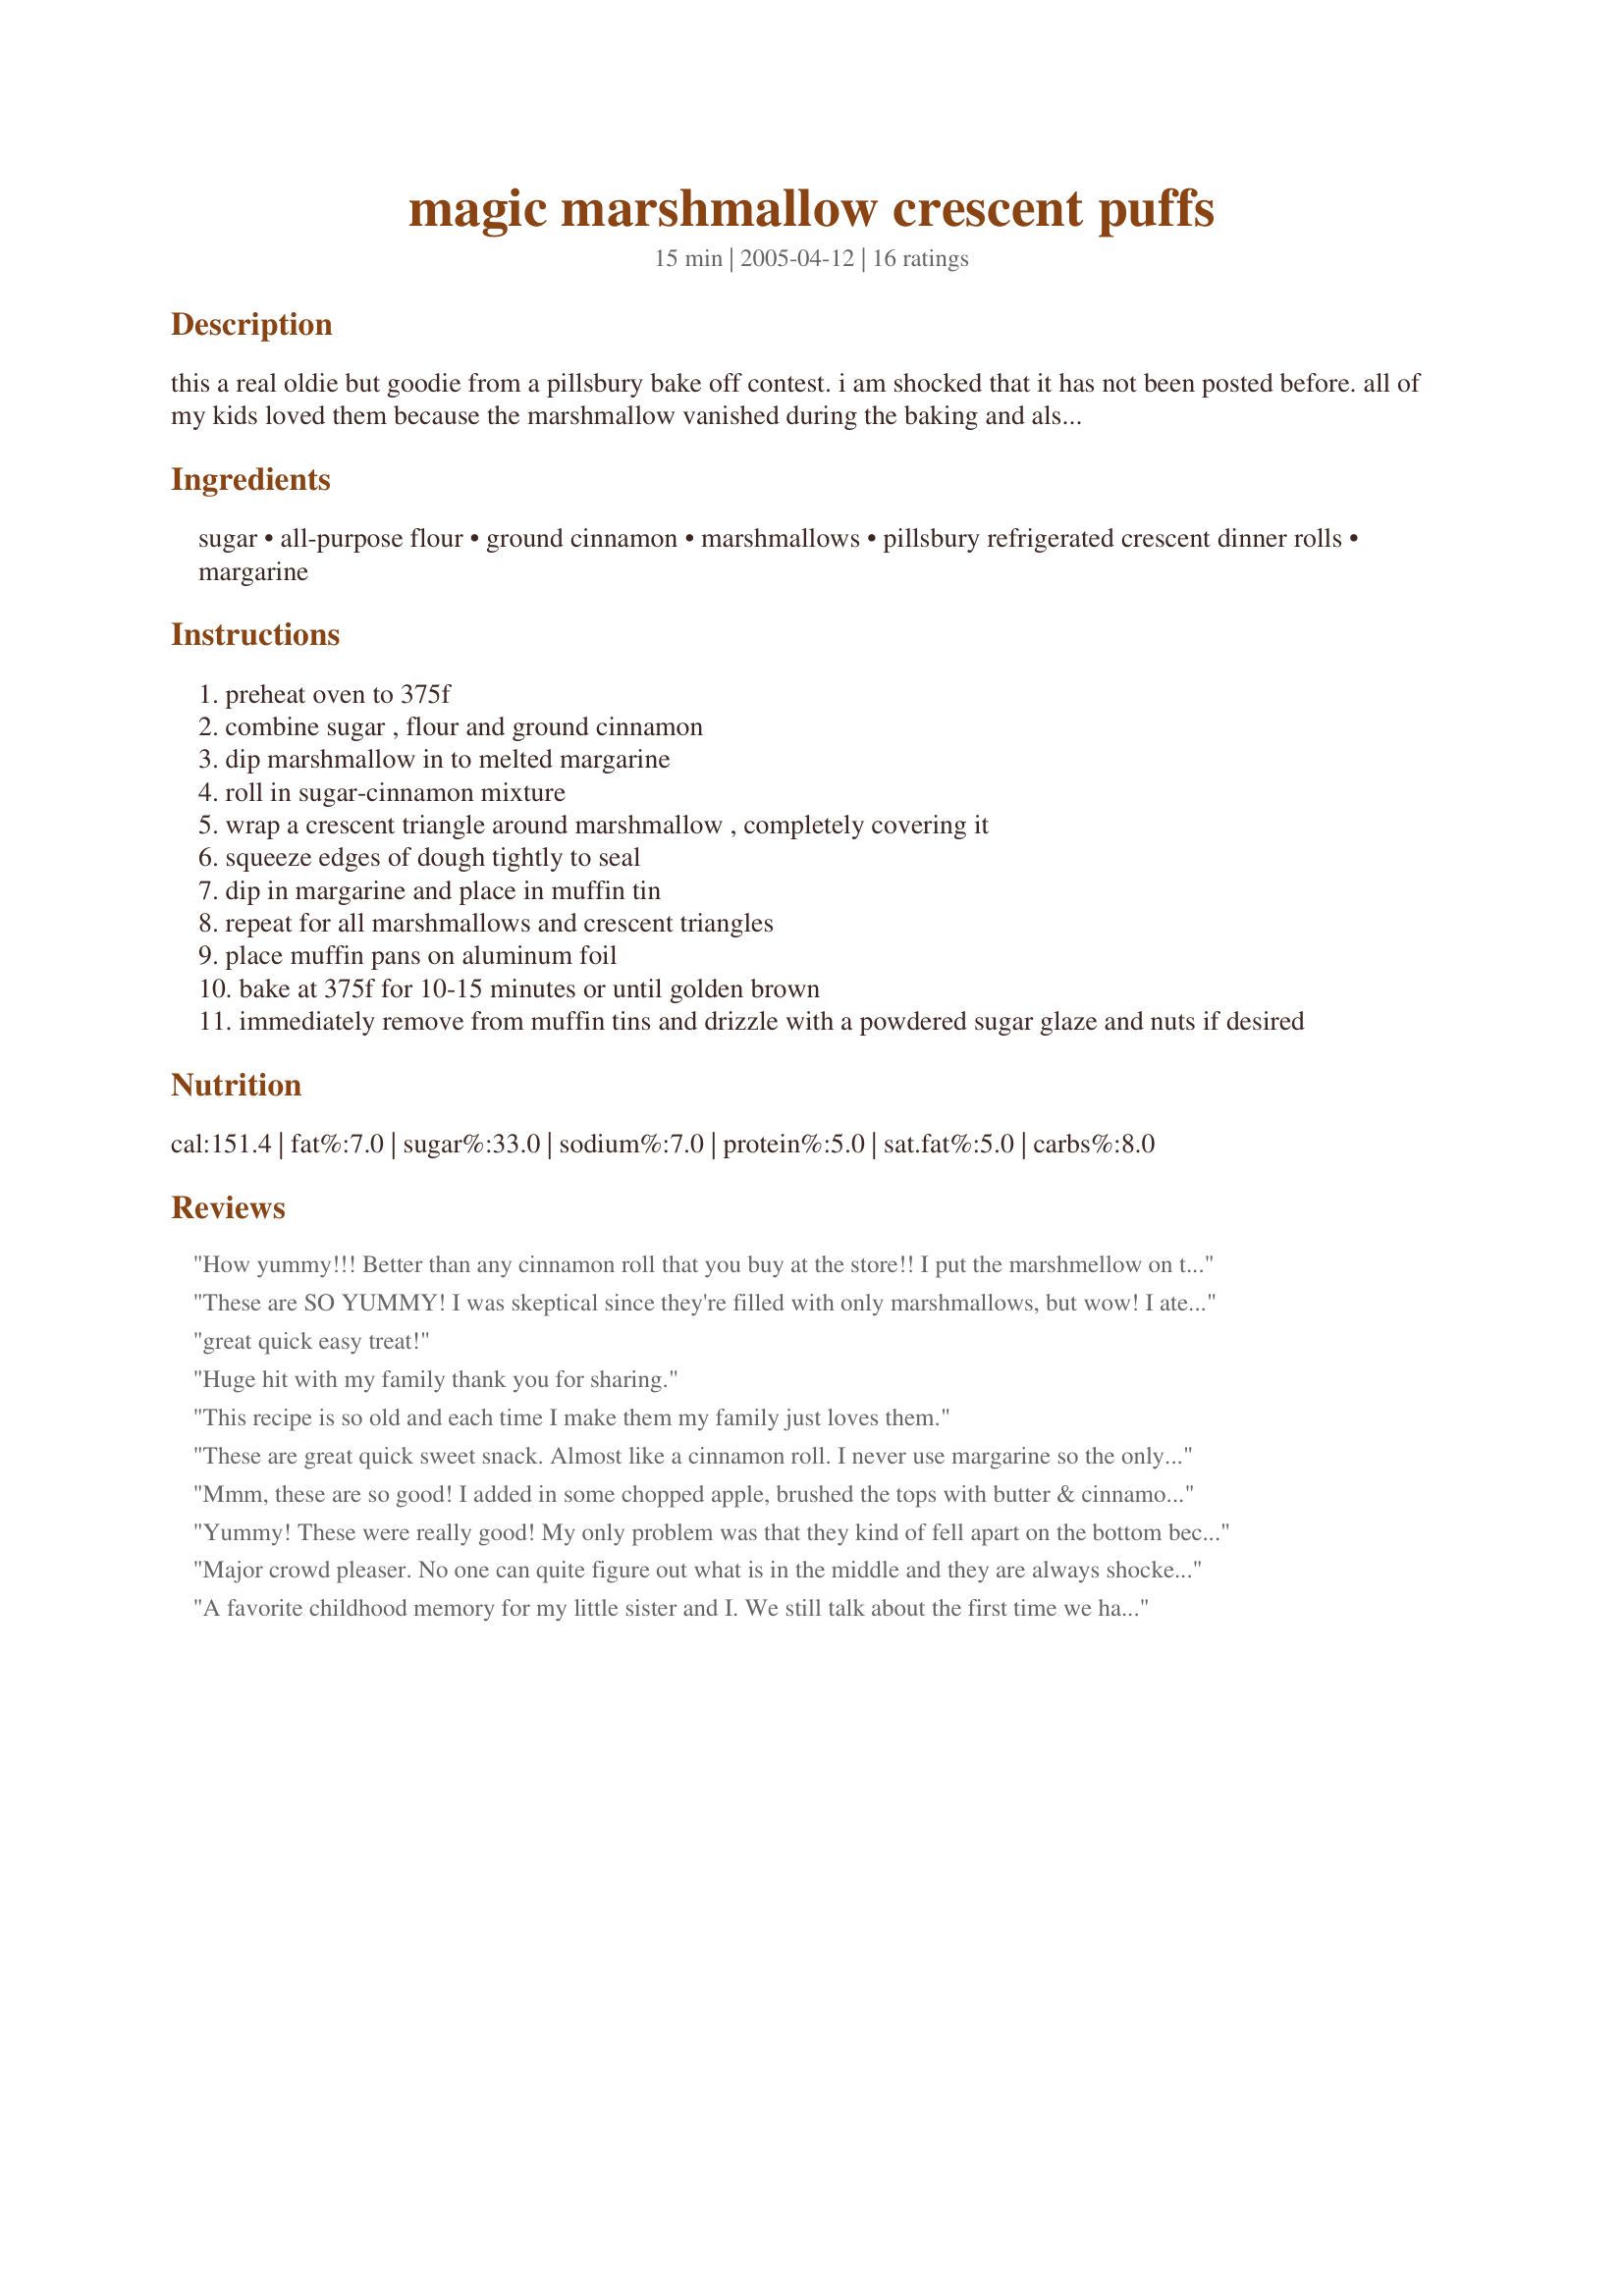
magic marshmallow crescent puffs
Preparation time: 15 minutes

this a real oldie but goodie from a pillsbury bake off contest. i am shocked that it has not been posted before. all of my kids loved them because the marshmallow vanished during the baking and also because they were delicious.

Ingredients:
sugar, all-purpose flour, ground cinnamon, marshmallows, pillsbury refrigerated crescent dinner rolls, margarine

Steps:
preheat oven to 375f
combine sugar , flour and ground cinnamon
dip marshmallow in to melted margarine
roll in sugar-cinnamon mixture
wrap a crescent triangle around marshmallow , completely covering it
squeeze edges of dough tightly to seal
dip in margarine and place in muffin tin
repeat for all marshmallows and crescent triangles
place muffin pans on aluminum foil
bake at 375f for 10-15 minutes or until golden brown
immediately remove from muffin tins and drizzle with a powdered sugar glaze and nuts if desired

Reviews:
How yummy!!! Better than any cinnamon roll that you buy at the store!! I put the marshmellow on the big end of the triangle, rolled up, then just pinched the ends shut. A little leakage, but it all turned out ok. What a treat for the family!!
These are SO YUMMY! I was skeptical since they're filled with only marshmallows, but wow! I ate two and had to force myself to stop. Quick to make and a great treat for the kids, too. We ate them without any glaze or nuts, right out of the oven. Thanks for posting!
great quick easy treat!
Huge hit with my family thank you for sharing.
This recipe is so old and each time I make them my family just loves them.
These are great quick sweet snack. Almost like a cinnamon roll. I never use margarine so the only change I made is using butter. This is a great, easy classic recipe.
Mmm, these are so good! I added in some chopped apple, brushed the tops with butter & cinnamon-sugar and it totally reminded me of little fried apple pies! Even without the apple though they would still be delicious. I only did 1/2 the recipe to try it out. I didn't have large marshmallows so I used 1/2 cup of minis. I put the apple & marshmallows in a large bowl, then coated with the margarine, & then with the sugar mixture. On the sugar mix I did 2 Tbsp Splenda plus 1 Tbsp white sugar. It didn't get too messy putting them together but they do get very sticky very quick. I also skipped the muffin liners & didn't have any problems getting them out. By the way, I had probably at least a fourth extra of filling so I might reduce the amounts slightly next time. Using the reduced fat crescents and with my slight changes, this comes up to 3 points each, which they are certainly worth & so much better than the alternative! Thank you so much for this yummy treat!
Yummy! These were really good! My only problem was that they kind of fell apart on the bottom because I put the seam down. Next time, I'll put the seam UP so the marshmallow doesn't seep out when it's melting :) Thanks for sharing!
Major crowd pleaser. No one can quite figure out what is in the middle and they are always shocked when I tell them a marshmallow. Make sure they crescent rolls are super cold because the warmth from your hands can make them pretty slippery and hard to fold up.
A favorite childhood memory for my little sister and I. We still talk about the first time we had these and the special lady that served them to us...at least 35 years ago. She turned 94 years old this year and still loves to entertain and cook. Thanks for the trip down memory lane!
My sister gave me this recipe. They are so delicious... great for breakfast or dessert! We usually top with a powdered sugar glaze with a little bit of vanilla extract in it-- yum!
Found this recipe in my pilsbury bake-off cook book. Have made several times including once for my Sunday school class. These are a breeze to make and taste wonderful!
What a deliciously easy way to make sticky buns! Next time I make these, I think I&#039;ll substitute mini marshmallows for the regular and add some chopped cooked apple pieces to fill.
Just AWESOME!
I've been making these since I was a little kid,and now my kids make them they're the best! The only thing different we've always done is make a powdered sugar icing (powdered sugar and milk) and drizzle it on the top.
I used to make these all the time. They're fun to make and even more fun to eat.
